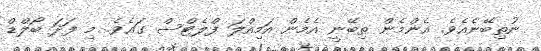
ނުތިބޭނެއެވެ. އެންމެން ތިބޭނީ އެމެން އަމިއްލަ ފްލެޓްސް ގައެވެ. މި ފަދަ ބޯލްޑް